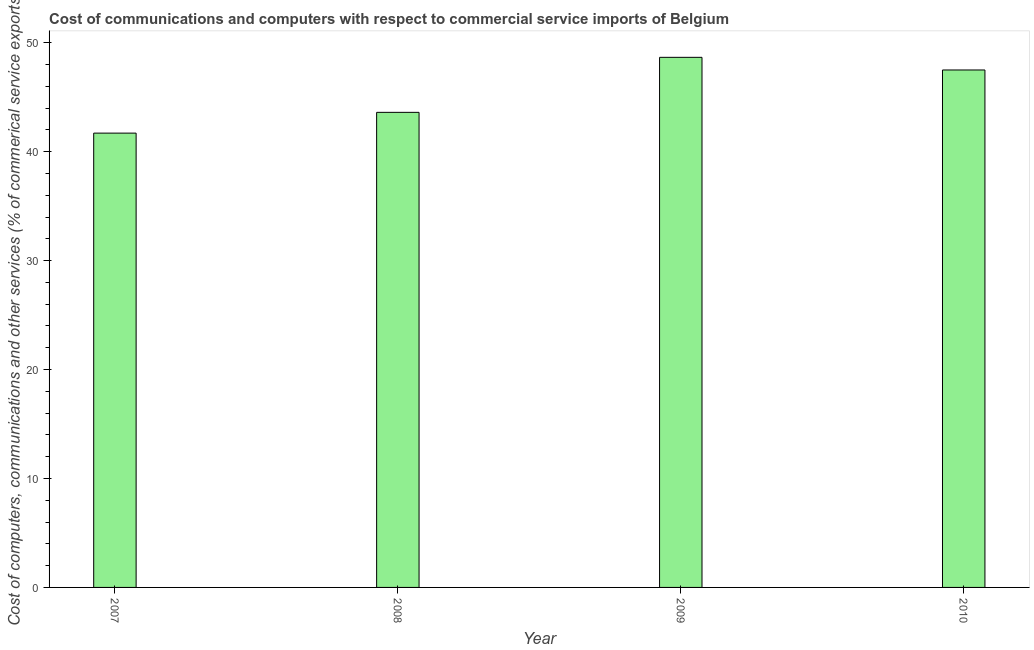
| Year | Computer |
 | --- | --- |
 | 2007 | 41.7 |
 | 2008 | 43.6 |
 | 2009 | 48.7 |
 | 2010 | 47.5 |